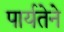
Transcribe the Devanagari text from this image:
पार्यतेने